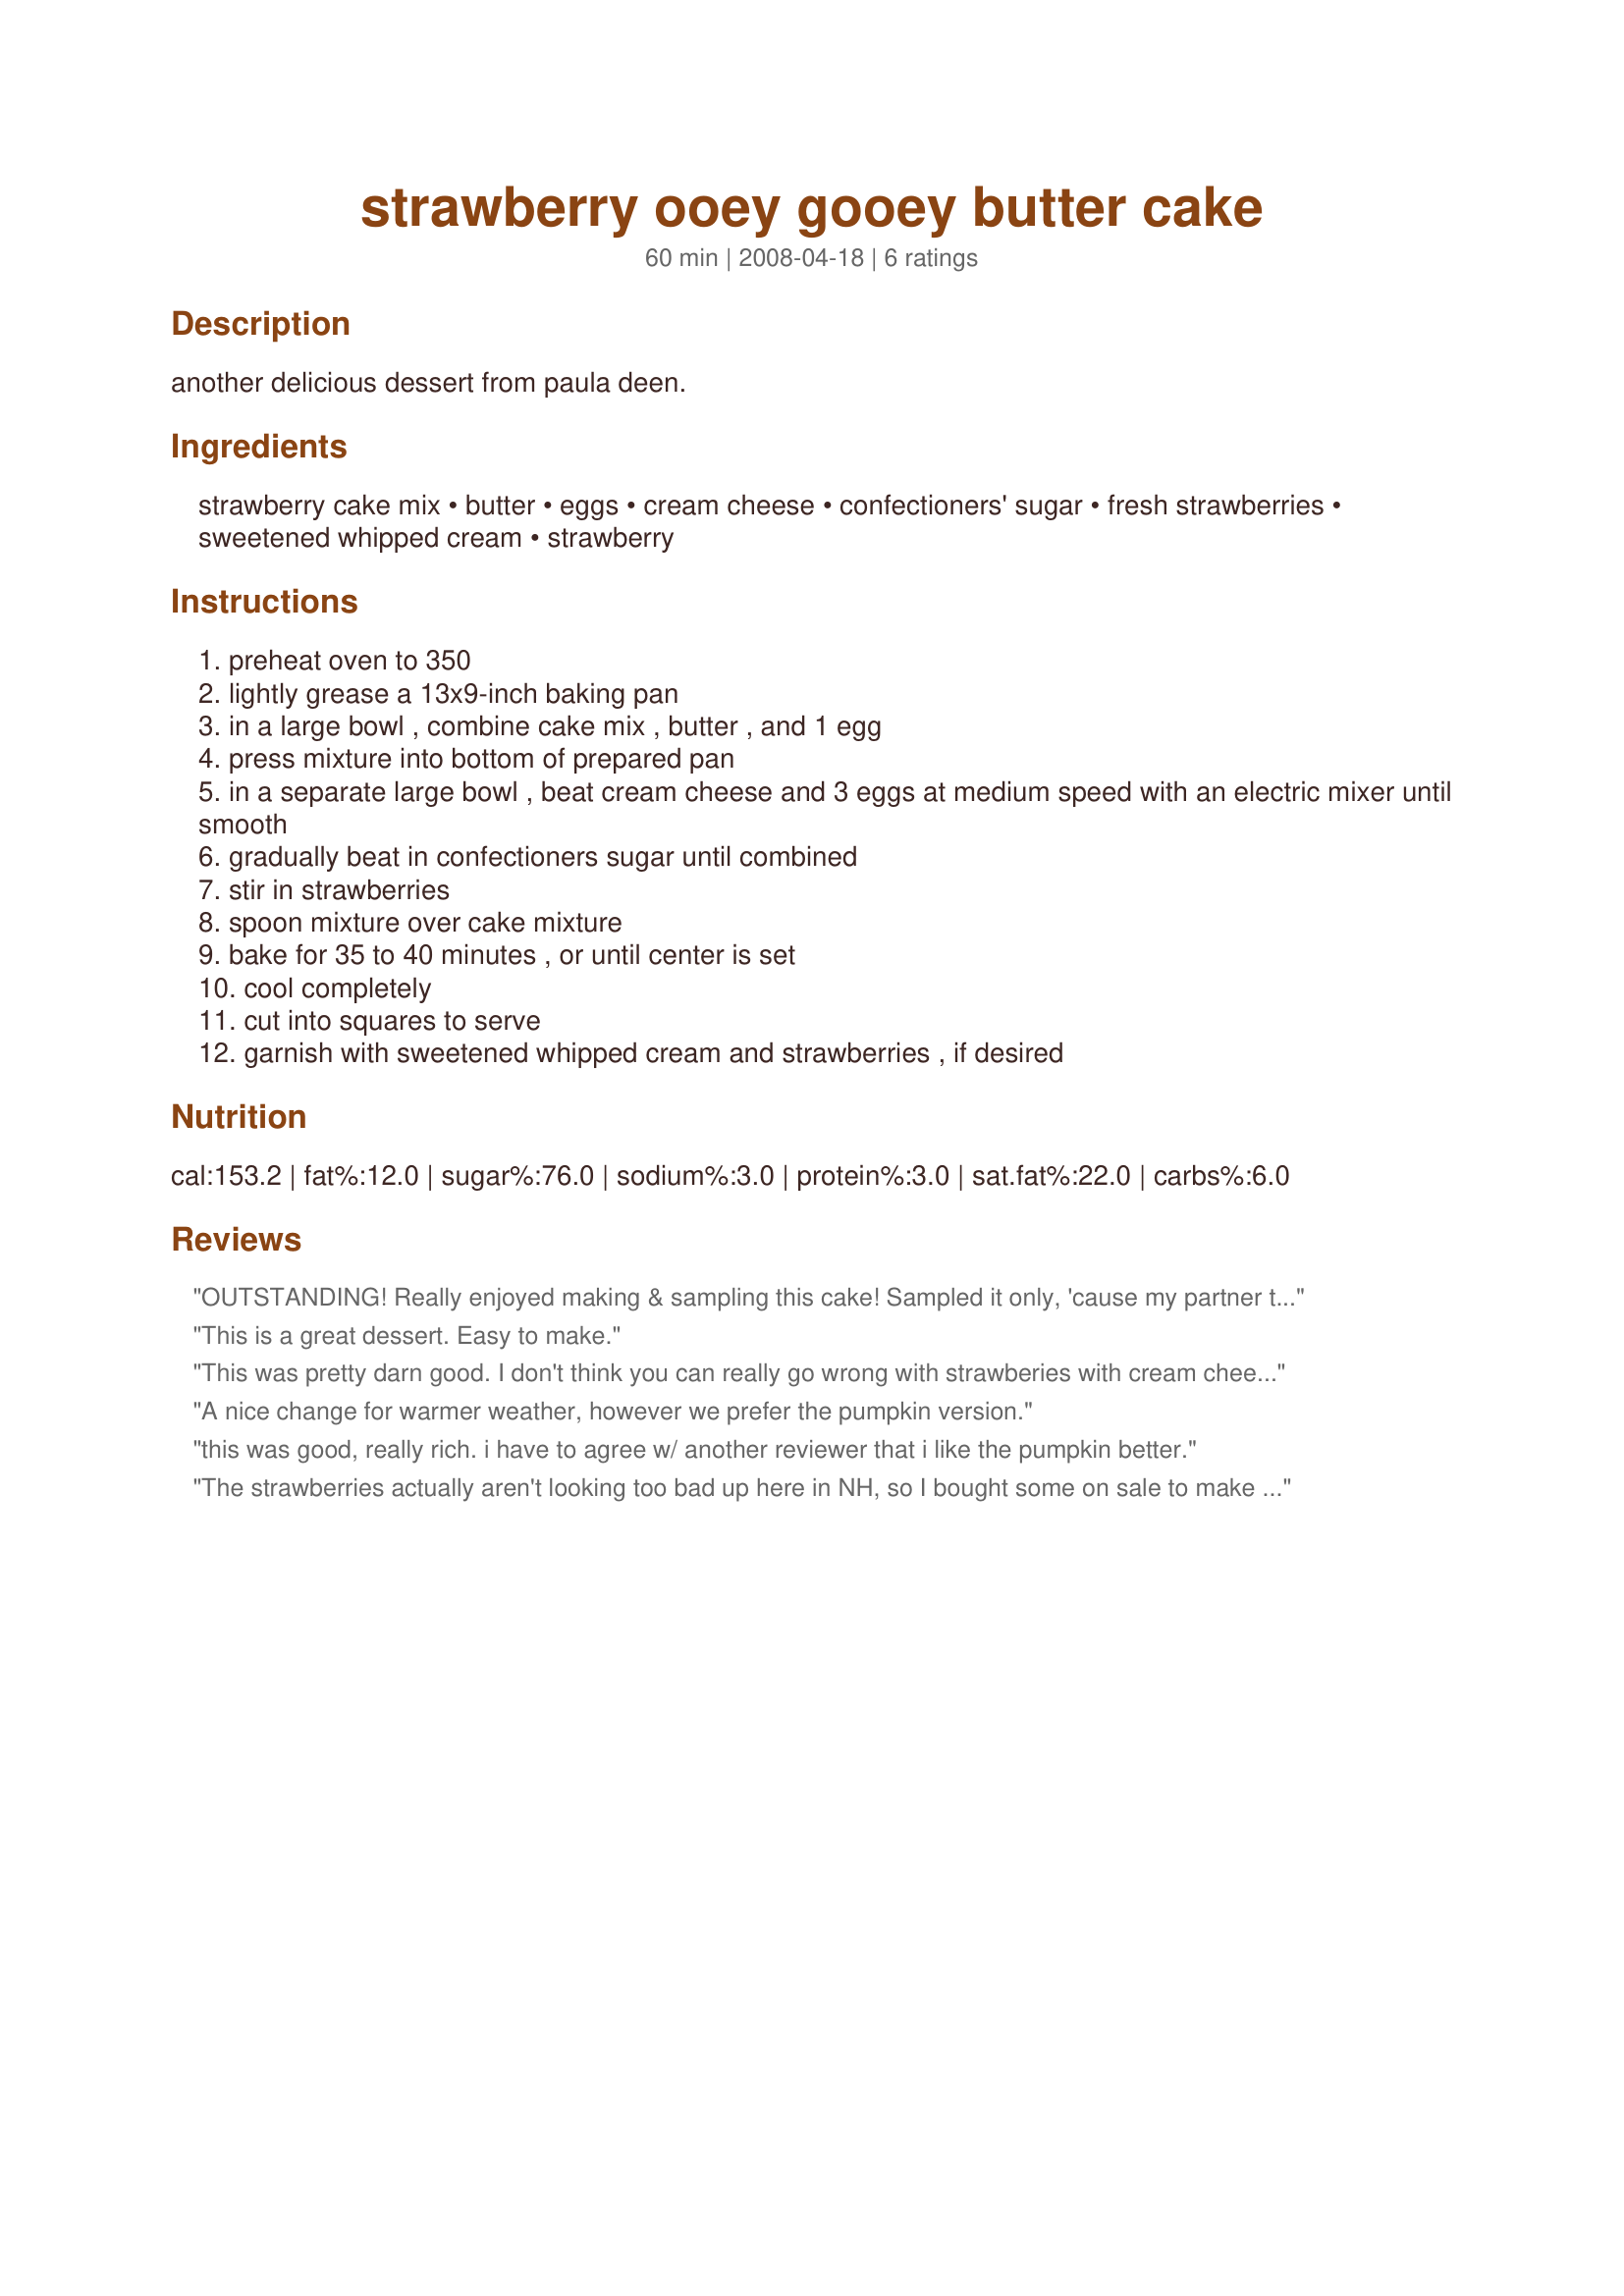
strawberry ooey gooey butter cake
Preparation time: 60 minutes

another delicious dessert from paula deen.

Ingredients:
strawberry cake mix, butter, eggs, cream cheese, confectioners' sugar, fresh strawberries, sweetened whipped cream, strawberry

Steps:
preheat oven to 350
lightly grease a 13x9-inch baking pan
in a large bowl , combine cake mix , butter , and 1 egg
press mixture into bottom of prepared pan
in a separate large bowl , beat cream cheese and 3 eggs at medium speed with an electric mixer until smooth
gradually beat in confectioners sugar until combined
stir in strawberries
spoon mixture over cake mixture
bake for 35 to 40 minutes , or until center is set
cool completely
cut into squares to serve
garnish with sweetened whipped cream and strawberries , if desired

Reviews:
OUTSTANDING! Really enjoyed making & sampling this cake! Sampled it only, 'cause my partner took most of it off to his work where it was devoured in short time! Definitely have to make this again when I can eat much of it myself! Strawberry cake, cream cheese & fresh strawberries ~ A great combo!! Now I'll have to be on the lookout for other Ooey gooey cakes!! Thanks for sharing! [Made & reviewed as a kidnapped recipe in the Aus/NZ Recipe Swap #16]
This is a great dessert. Easy to make.
This was pretty darn good. I don't think you can really go wrong with strawberies with cream cheese. This recipe gives me ideas for trying lemon, sweet potato since I saw their is an ooey gooey pumpkin. I mean there seams like a lot of possibilities. Oh yeah, Germain chocolate and maybe even coconut and maybe even pineapple too..um, I can't wait to start experiementing to see what works.
A nice change for warmer weather, however we prefer the pumpkin version.
this was good, really rich. i have to agree w/ another reviewer that i like the pumpkin better.
The strawberries actually aren't looking too bad up here in NH, so I bought some on sale to make this and bring for dessert at my sisters camp up in the mountains in Jackman Me for the weekend. We had lots of hungry horrors after being out on the skidoo trails all day, so this was a very welcome sight upon returning from our first run. It was absolutely delicious! I served it with homemade whipped cream that I made right before serving and it really topped it off nicely. I will be making this often, as it really does the trick when your looking for a sweet fix. Everyone loved it and ate it till there was just crumbs left! Thank you for sharing it with us Lainey!!! Made for Gimme 5 Recipe Tag Game 2/09. Linda
